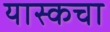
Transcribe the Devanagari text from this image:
यास्कचा